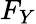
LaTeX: F_{Y}